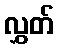
လွှတ်